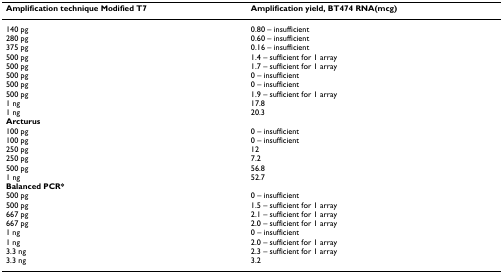
<table><thead><tr><td><b>Amplification technique Modified T7</b></td><td><b>Amplification yield, BT474 RNA(mcg)</b></td></tr></thead><tbody><tr><td>140 pg</td><td>0.80 – insufficient</td></tr><tr><td>280 pg</td><td>0.60 – insufficient</td></tr><tr><td>375 pg</td><td>0.16 – insufficient</td></tr><tr><td>500 pg</td><td>1.4 – sufficient for 1 array</td></tr><tr><td>500 pg</td><td>1.7 – sufficient for 1 array</td></tr><tr><td>500 pg</td><td>0 – insufficient</td></tr><tr><td>500 pg</td><td>0 – insufficient</td></tr><tr><td>500 pg</td><td>1.9 – sufficient for 1 array</td></tr><tr><td>1 ng</td><td>17.8</td></tr><tr><td>1 ng</td><td>20.3</td></tr><tr><td><b>Arcturus</b></td><td></td></tr><tr><td>100 pg</td><td>0 – insufficient</td></tr><tr><td>100 pg</td><td>0 – insufficient</td></tr><tr><td>250 pg</td><td>12</td></tr><tr><td>250 pg</td><td>7.2</td></tr><tr><td>500 pg</td><td>56.8</td></tr><tr><td>1 ng</td><td>52.7</td></tr><tr><td><b>Balanced PCR*</b></td><td></td></tr><tr><td>500 pg</td><td>0 – insufficient</td></tr><tr><td>500 pg</td><td>1.5 – sufficient for 1 array</td></tr><tr><td>667 pg</td><td>2.1 – sufficient for 1 array</td></tr><tr><td>667 pg</td><td>2.0 – sufficient for 1 array</td></tr><tr><td>1 ng</td><td>0 – insufficient</td></tr><tr><td>1 ng</td><td>2.0 – sufficient for 1 array</td></tr><tr><td>3.3 ng</td><td>2.3 – sufficient for 1 array</td></tr><tr><td>3.3 ng</td><td>3.2</td></tr></tbody></table>